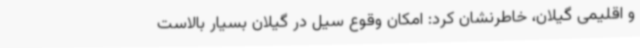
و اقلیمی گیلان، خاطرنشان کرد: امکان وقوع سیل در گیلان بسیار بالاست